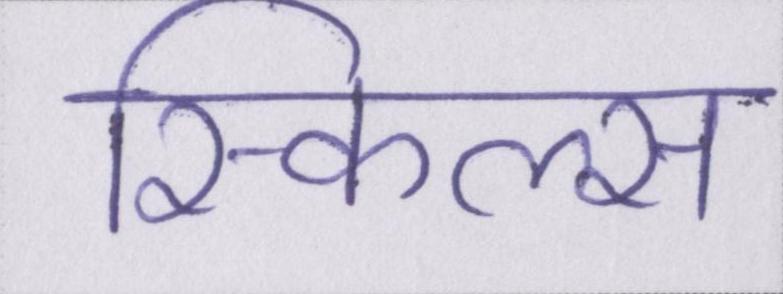
स्किल्स